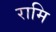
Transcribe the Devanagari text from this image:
रामि